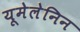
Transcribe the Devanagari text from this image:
यूमेलेनिन